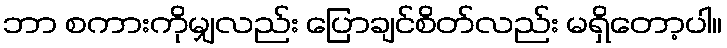
ဘာ စကားကိုမျှလည်း ပြောချင်စိတ်လည်း မရှိတော့ပါ။